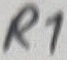
Text: R1